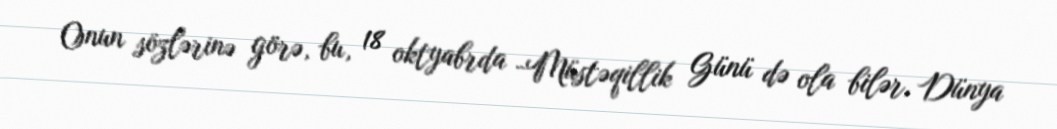
Onun sözlərinə görə, bu, 18 oktyabrda -Müstəqillik Günü də ola bilər, Dünya